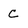
Character: C